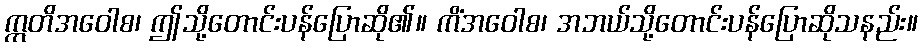
ဣတိအဝေါစ၊ ဤသို့တောင်းပန်ပြောဆို၏။ ကိံအဝေါစ၊ အဘယ်သို့တောင်းပန်ပြောဆိုသနည်း။